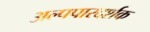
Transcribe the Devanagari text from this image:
अल्पपारदर्शक